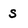
Character: s